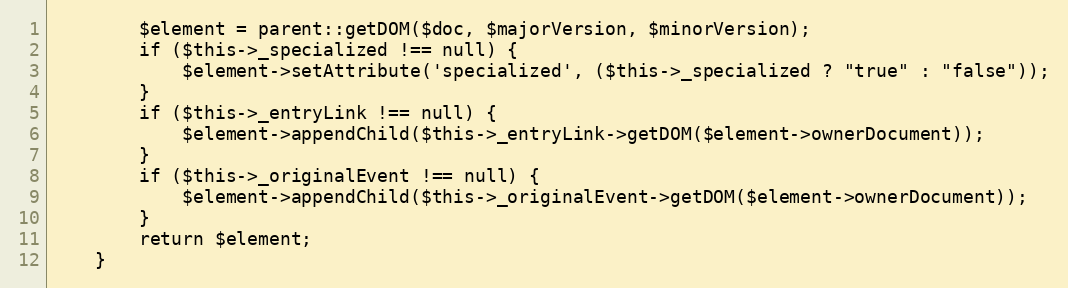
Language: PHP
        $element = parent::getDOM($doc, $majorVersion, $minorVersion);
        if ($this->_specialized !== null) {
            $element->setAttribute('specialized', ($this->_specialized ? "true" : "false"));
        }
        if ($this->_entryLink !== null) {
            $element->appendChild($this->_entryLink->getDOM($element->ownerDocument));
        }
        if ($this->_originalEvent !== null) {
            $element->appendChild($this->_originalEvent->getDOM($element->ownerDocument));
        }
        return $element;
    }